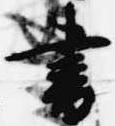
書